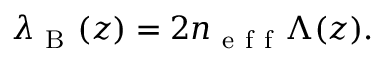
\lambda _ { \mathrm { ~ B ~ } } ( z ) = 2 n _ { \mathrm { ~ e ~ f ~ f ~ } } \Lambda ( z ) .